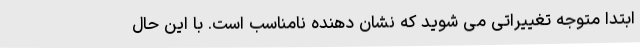
ابتدا متوجه تغییراتی می شوید که نشان دهنده نامناسب است. با این حال